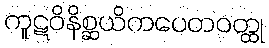
ကူဋဝိနိစ္ဆယိကပေတဝတ္ထု